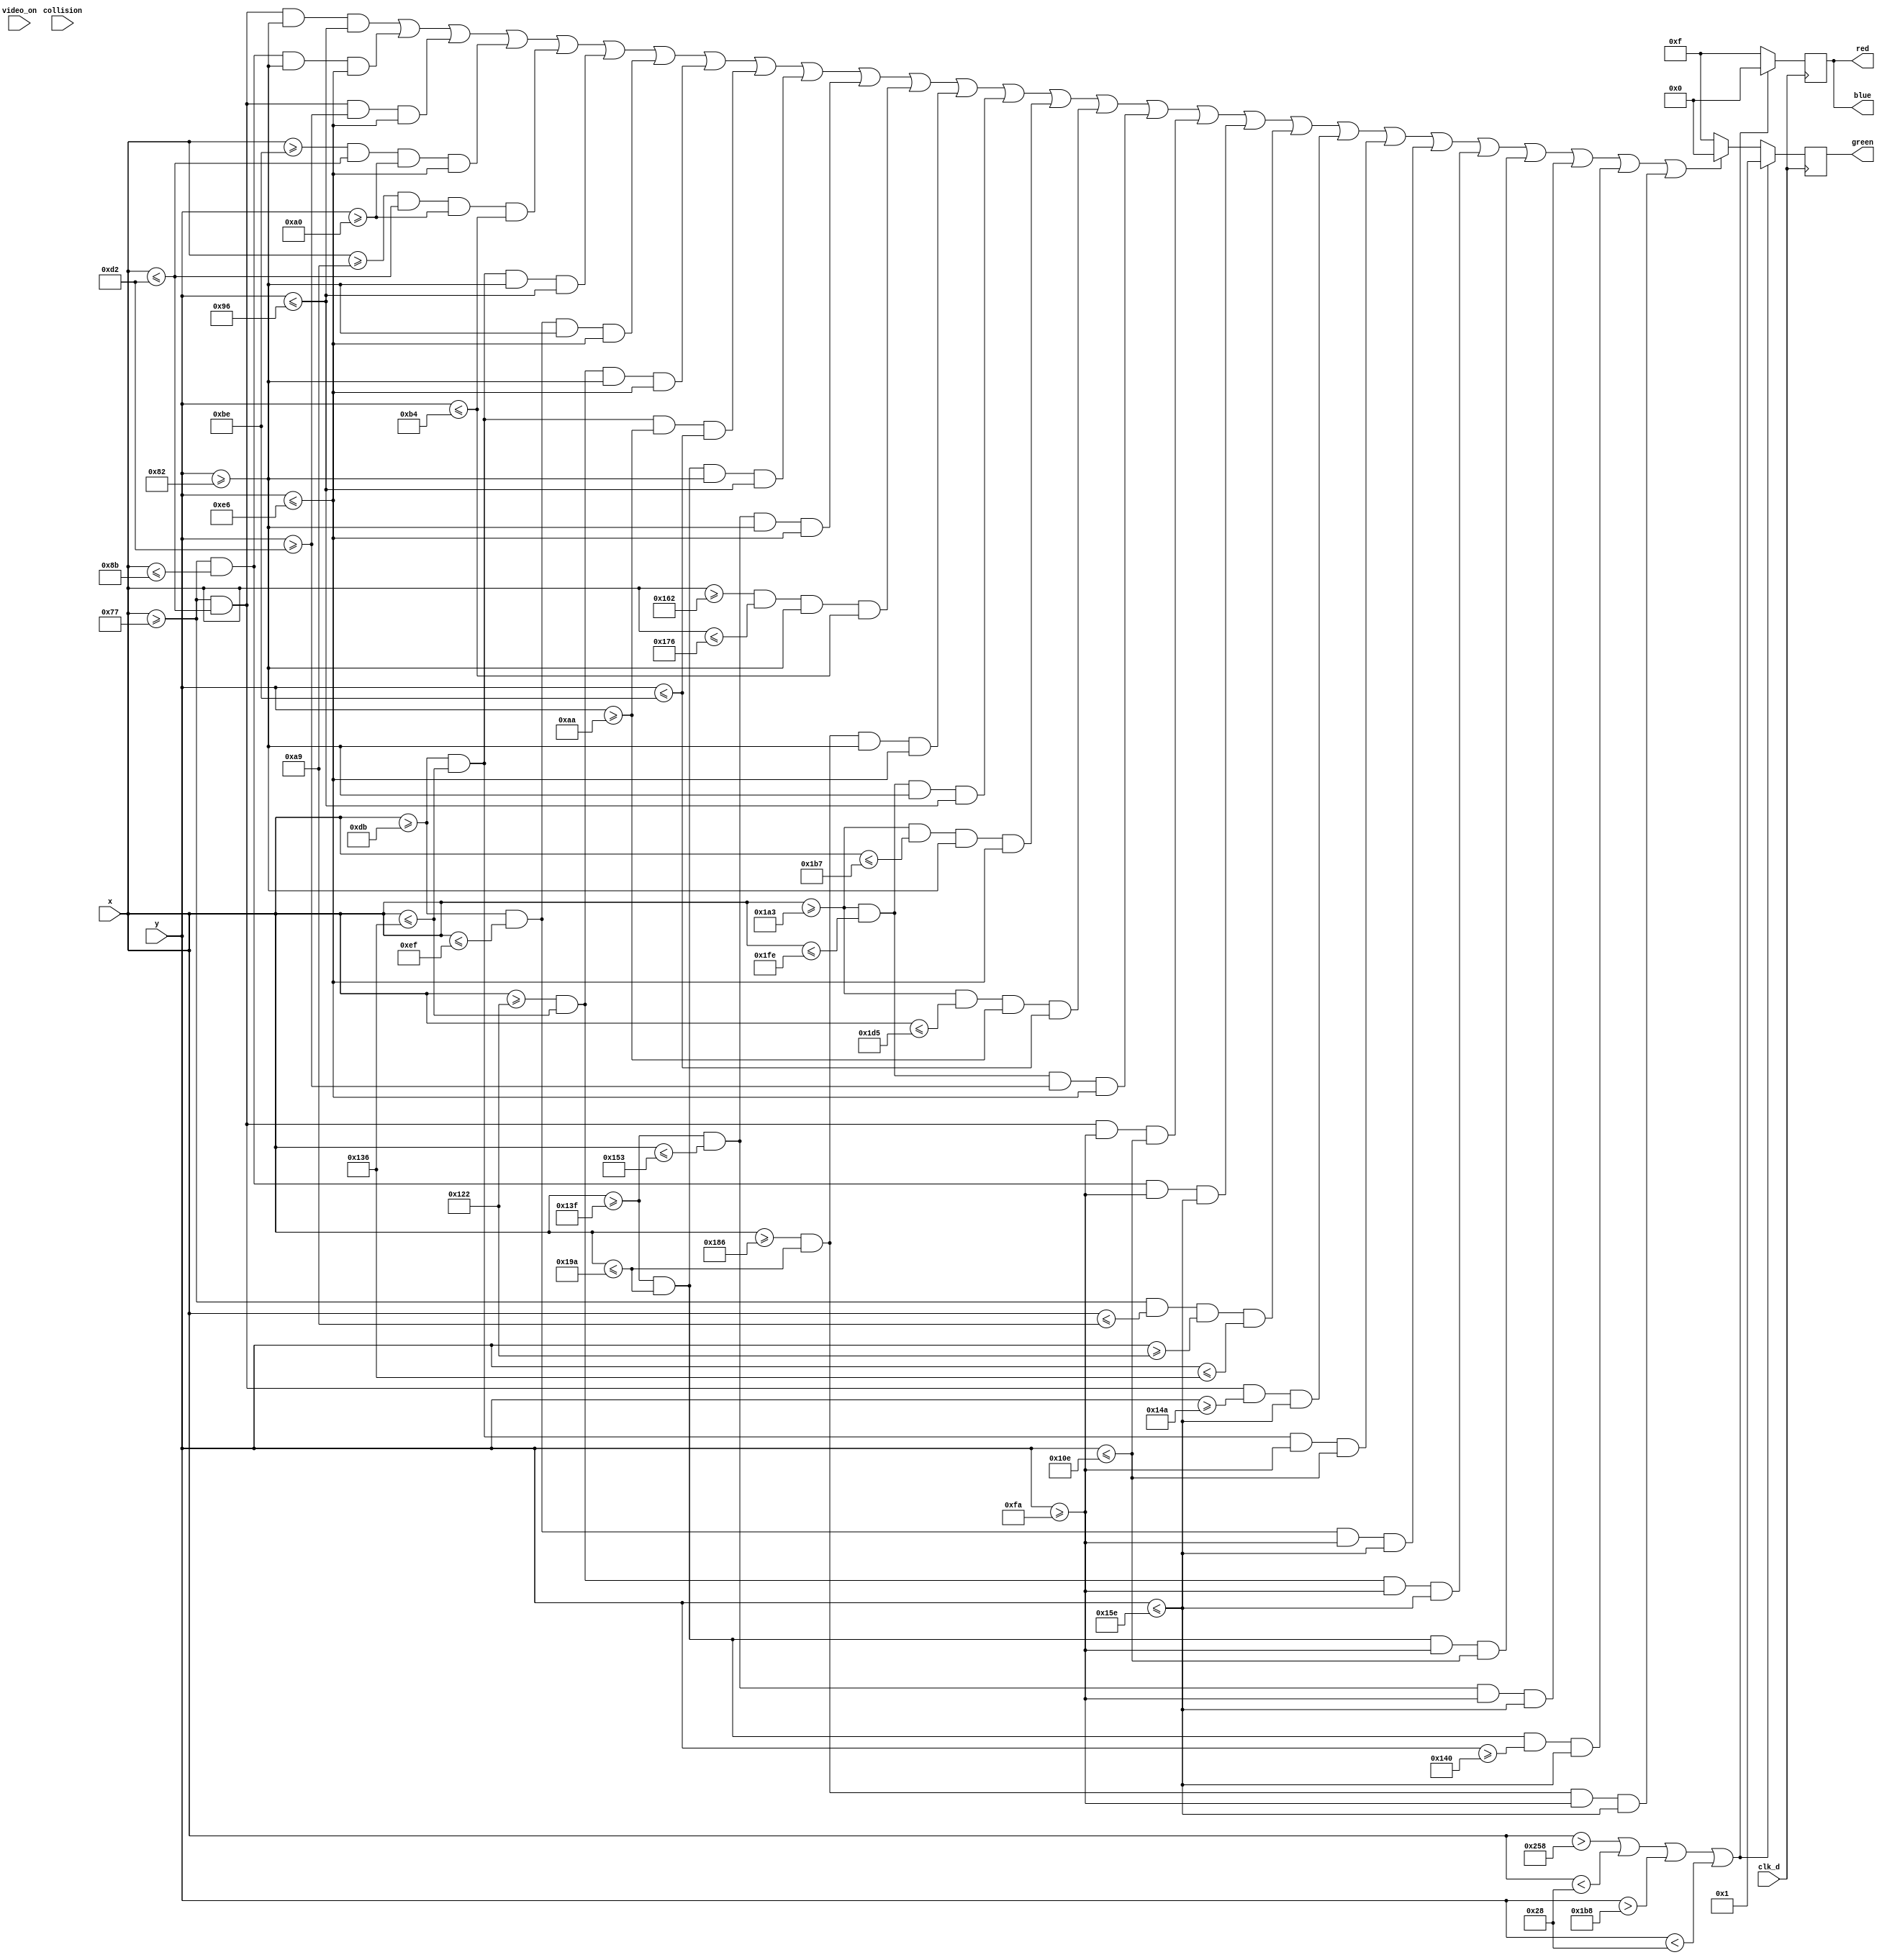
`timescale 1ns / 1ps
//////////////////////////////////////////////////////////////////////////////////
// Company: 
// Engineer: 
// 
// Design Name: 
// Module Name: end_screen
// Project Name: 
// Target Devices: 
// Tool Versions: 
// Description: 
// 
// Dependencies: 
// 
// Revision:
// Revision 0.01 - File Created
// Additional Comments:
// 
//////////////////////////////////////////////////////////////////////////////////

// f1( clk_d,  x_loc, y_loc, video_on, coll , red, green, blue)
module end_screen(
      input clk_d, 
    input [9:0] x, 
    input [9:0] y, 
    input video_on, 
    input collision,
    output reg [3:0] red = 0, 
    output reg [3:0] green = 0, 
    output reg [3:0] blue = 0 
    ); 
    
    always @(posedge clk_d) begin 
    
//   for G

            if ((x > 600)|| (x < 40) || (y > 440) || (y <40))
            begin
            red <= 4'h0;    
            green <= 4'h1;    
            blue <= 4'h0;    
            end

   else if (
     
       ( x>=119 && x<=210 && y>=130 && y<=150 ) ||
        ( x>=119 && x<=139 && y>=130 && y<=230 )||
       ( x>=119 && x<=210 && y>=210 && y<=230 )||
       ( x>=190 && x<=210 && y>=160 && y<=230 )||
        ( x>=169 && x<=210 && y>=160 && y<=180 )|| 
        
               ( x>=219 && x<=310 && y>=130 && y<=150 )||
        ( x>=219 && x<=239 && y>=130 && y<=230 )||
        ( x>=290 && x<=310 && y>=130 && y<=230 )||
       ( x>=219 && x<=310 && y>=170 && y<=190 )||
       
               ( x>=319 && x<=410 && y>=130 && y<=150 )||
        ( x>=319 && x<=339 && y>=130 && y<=230 )||
       ( x>=354 && x<=374 && y>=130 && y<=180 )||
       ( x>=390 && x<=410 && y>=130 && y<=230 )||
       
              ( x>=419 && x<=510 && y>=130 && y<=150 )||
       ( x>=419 && x<=439 && y>=130 && y<=230 )||
       ( x>=419 && x<=469 && y>=170 && y<=190 )||
       ( x>=419 && x<=510 && y>=210 && y<=230 )||
       
              ( x>=119 && x<=210 && y>=250 && y<=270 )||
       ( x>=119 && x<=139 && y>=250 && y<=350 )||
        ( x>=119 && x<=169 && y>=290 && y<=310 )||
       ( x>=119 && x<=210 && y>=330 && y<=350 )||
       
              ( x>=219 && x<=310 && y>=250 && y<=270 ) ||
       ( x>=219 && x<=239 && y>=250 && y<=350 ) ||
       ( x>=290 && x<=310 && y>=250 && y<=350 )||
       
               ( x>=319 && x<=410 && y>=250 && y<=270 ) ||
       ( x>=319 && x<=339 && y>=250 && y<=350 ) ||
       ( x>=319 && x<=410 && y>=320 && y<=350 )||
        ( x>=390 && x<=410 && y>=250 && y<=350 )          
        
   )
   begin 
    red <= 4'hF;    
    green <= 4'h0;    
    blue <= 4'hF; 
   end
   
           else
            begin
                red <= 4'hF; 
                blue <= 4'hF; 
                green <= 4'hF; 
            end
   
   
        end 

endmodule